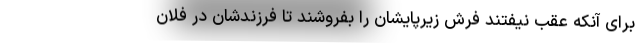
برای آنکه عقب نیفتند فرش زیرپایشان را بفروشند تا فرزندشان در فلان